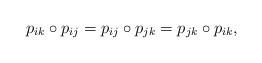
\begin{align*}p_{ik} \circ p_{ij} = p_{ij} \circ p_{jk} = p_{jk} \circ p_{ik}, \end{align*}